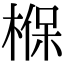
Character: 椺